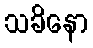
သခိနော